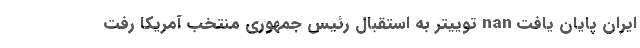
ایران پایان یافت nan توییتر به استقبال رئیس جمهوری منتخب آمریکا رفت